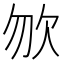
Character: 𣢊